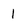
Character: 1